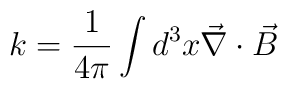
k=\frac{1}{4\pi} \int d^{3}x \vec{\nabla}\cdot \vec{B}